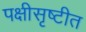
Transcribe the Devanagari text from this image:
पक्षीसृष्टीत